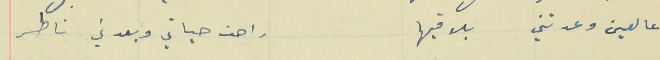
عالعين وعدتني  بلاقيها                                             راحت حياتي وبعدني ناطر